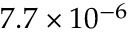
7 . 7 \times 1 0 ^ { - 6 }